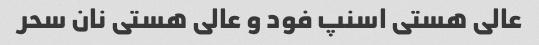
عالی هستی اسنپ فود و عالی هستی نان سحر